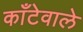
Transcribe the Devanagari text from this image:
काँटेवाले